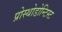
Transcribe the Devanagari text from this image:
प्रोस्थोडोन्टिस्ट